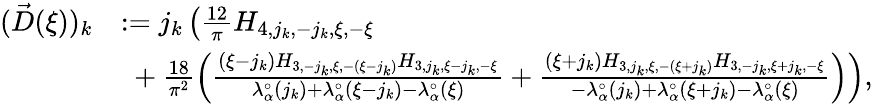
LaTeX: \begin{array}{rl}{(\vec{D}(\xi))_{k}}&{:=j_{k}\left(\frac{12}{\pi}H_{4,j_{k},-j_{k},\xi,-\xi}\right.}\\ &{\left.\ +\frac{18}{\pi^{2}}\left(\frac{(\xi-j_{k})H_{3,-j_{k},\xi,-(\xi-j_{k})}H_{3,j_{k},\xi-j_{k},-\xi}}{\lambda_{\alpha}^{\circ}(j_{k})+\lambda_{\alpha}^{\circ}(\xi-j_{k})-\lambda_{\alpha}^{\circ}(\xi)}+\frac{(\xi+j_{k})H_{3,j_{k},\xi,-(\xi+j_{k})}H_{3,-j_{k},\xi+j_{k},-\xi}}{-\lambda_{\alpha}^{\circ}(j_{k})+\lambda_{\alpha}^{\circ}(\xi+j_{k})-\lambda_{\alpha}^{\circ}(\xi)}\right)\right),}\end{array}